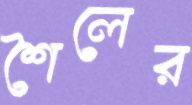
শৈলের